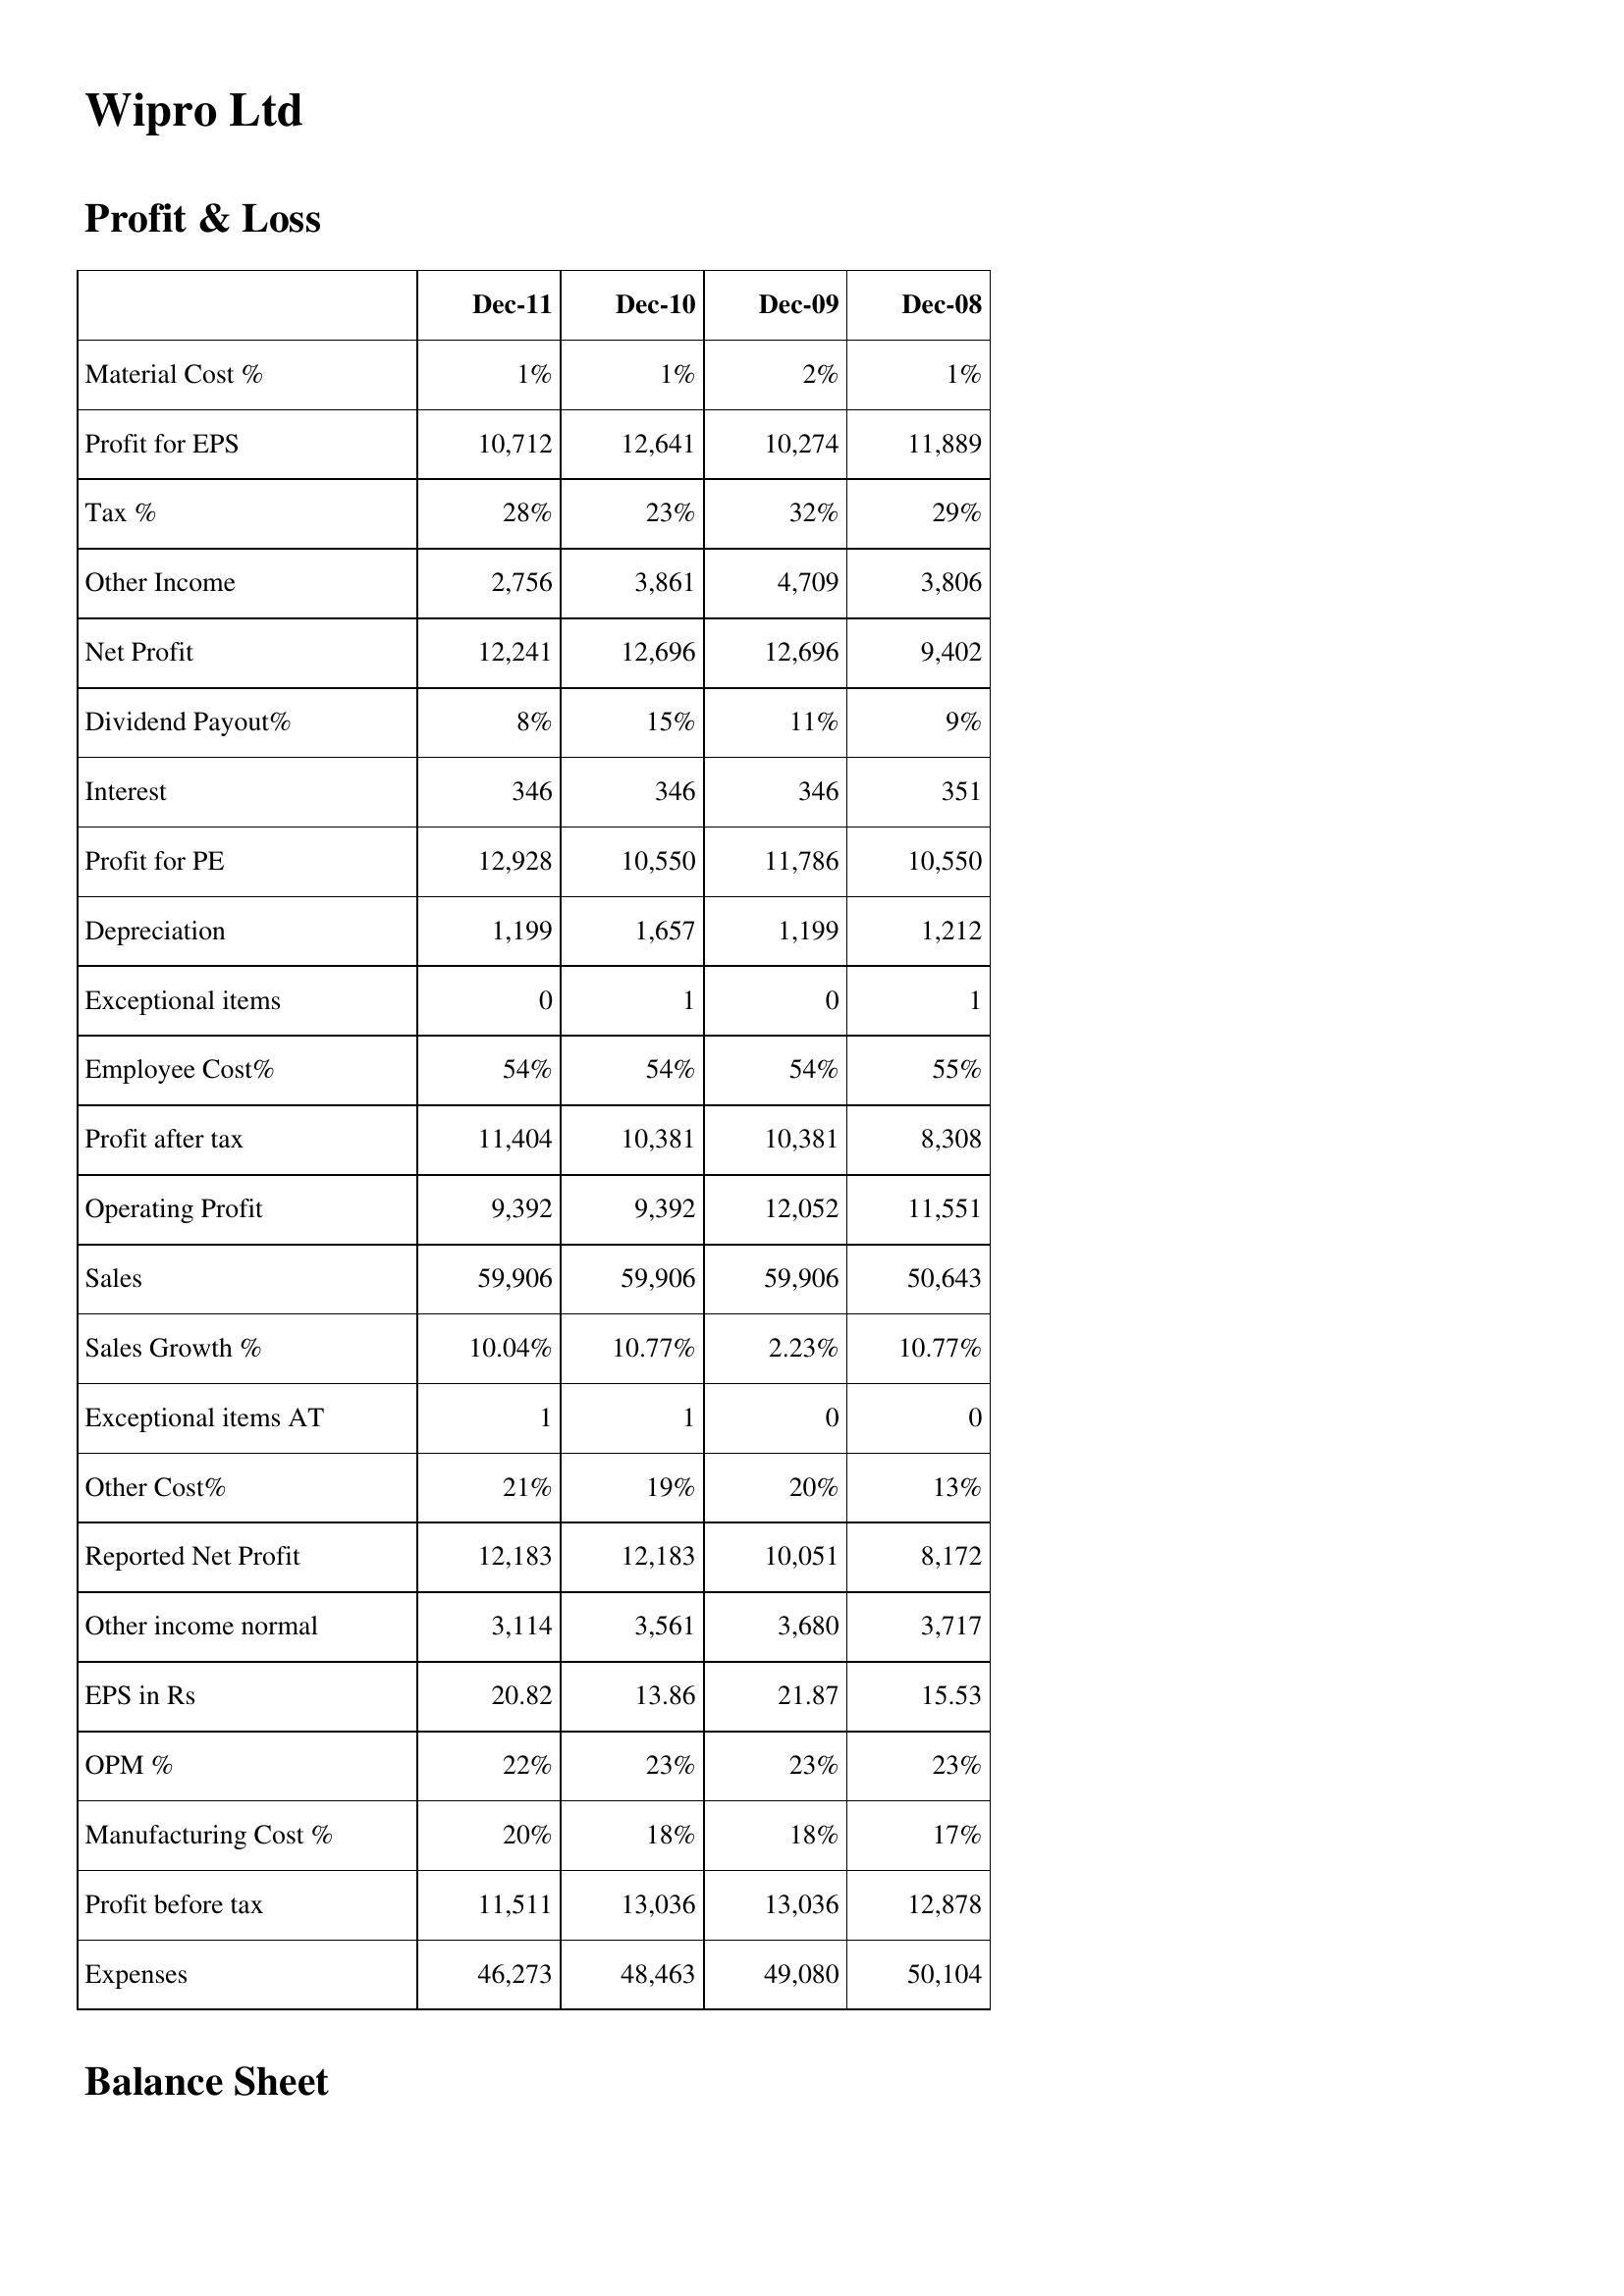
Dec-11: Profit & Loss: Material Cost %: 1%
Profit for EPS: 10,712
Tax %: 28%
Other Income: 2,756
Net Profit: 12,241
Dividend Payout%: 8%
Interest: 346
Profit for PE: 12,928
Depreciation: 1,199
Exceptional items: 0
Employee Cost%: 54%
Profit after tax: 11,404
Operating Profit: 9,392
Sales: 59,906
Sales Growth %: 10.04%
Exceptional items AT: 1
Other Cost%: 21%
Reported Net Profit: 12,183
Other income normal: 3,114
EPS in Rs: 20.82
OPM %: 22%
Manufacturing Cost %: 20%
Profit before tax: 11,511
Expenses: 46,273
Dec-10: Profit & Loss: Material Cost %: 1%
Profit for EPS: 12,641
Tax %: 23%
Other Income: 3,861
Net Profit: 12,696
Dividend Payout%: 15%
Interest: 346
Profit for PE: 10,550
Depreciation: 1,657
Exceptional items: 1
Employee Cost%: 54%
Profit after tax: 10,381
Operating Profit: 9,392
Sales: 59,906
Sales Growth %: 10.77%
Exceptional items AT: 1
Other Cost%: 19%
Reported Net Profit: 12,183
Other income normal: 3,561
EPS in Rs: 13.86
OPM %: 23%
Manufacturing Cost %: 18%
Profit before tax: 13,036
Expenses: 48,463
Dec-09: Profit & Loss: Material Cost %: 2%
Profit for EPS: 10,274
Tax %: 32%
Other Income: 4,709
Net Profit: 12,696
Dividend Payout%: 11%
Interest: 346
Profit for PE: 11,786
Depreciation: 1,199
Exceptional items: 0
Employee Cost%: 54%
Profit after tax: 10,381
Operating Profit: 12,052
Sales: 59,906
Sales Growth %: 2.23%
Exceptional items AT: 0
Other Cost%: 20%
Reported Net Profit: 10,051
Other income normal: 3,680
EPS in Rs: 21.87
OPM %: 23%
Manufacturing Cost %: 18%
Profit before tax: 13,036
Expenses: 49,080
Dec-08: Profit & Loss: Material Cost %: 1%
Profit for EPS: 11,889
Tax %: 29%
Other Income: 3,806
Net Profit: 9,402
Dividend Payout%: 9%
Interest: 351
Profit for PE: 10,550
Depreciation: 1,212
Exceptional items: 1
Employee Cost%: 55%
Profit after tax: 8,308
Operating Profit: 11,551
Sales: 50,643
Sales Growth %: 10.77%
Exceptional items AT: 0
Other Cost%: 13%
Reported Net Profit: 8,172
Other income normal: 3,717
EPS in Rs: 15.53
OPM %: 23%
Manufacturing Cost %: 17%
Profit before tax: 12,878
Expenses: 50,104